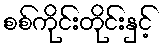
စစ်ကိုင်းတိုင်းနှင့်